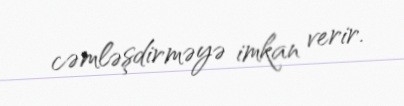
cəmləşdirməyə imkan verir.